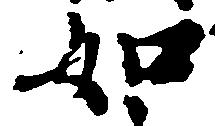
如